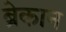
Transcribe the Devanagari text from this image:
ब्रेकान